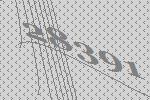
28391